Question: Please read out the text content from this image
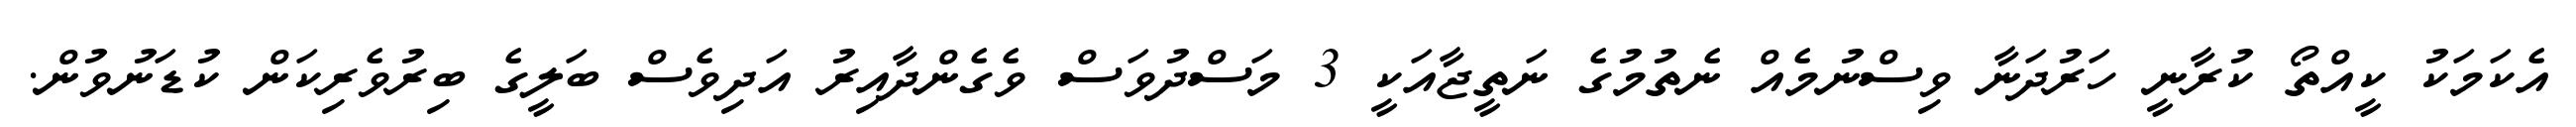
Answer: އެކަމަކު ކީއްތޯ ކުރާނީ ހަރުދަނާ ވިސްނުމެއް ނެތުމުގެ ނަތީޖާއަކީ 3 މަސްދުވަސް ވެގެންދާއިރު އަދިވެސް ބަލީގެ ބިރުވެރިކަން ކުޑަނުވުން.